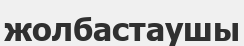
жолбастаушы